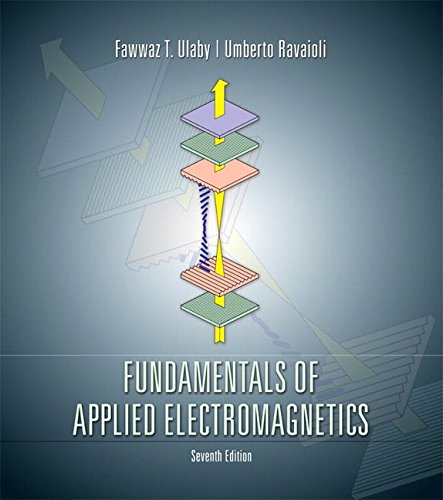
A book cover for Fundamentals of Applied Electromagnetics (7th Edition); Fawwaz T. Ulaby; Science & Math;